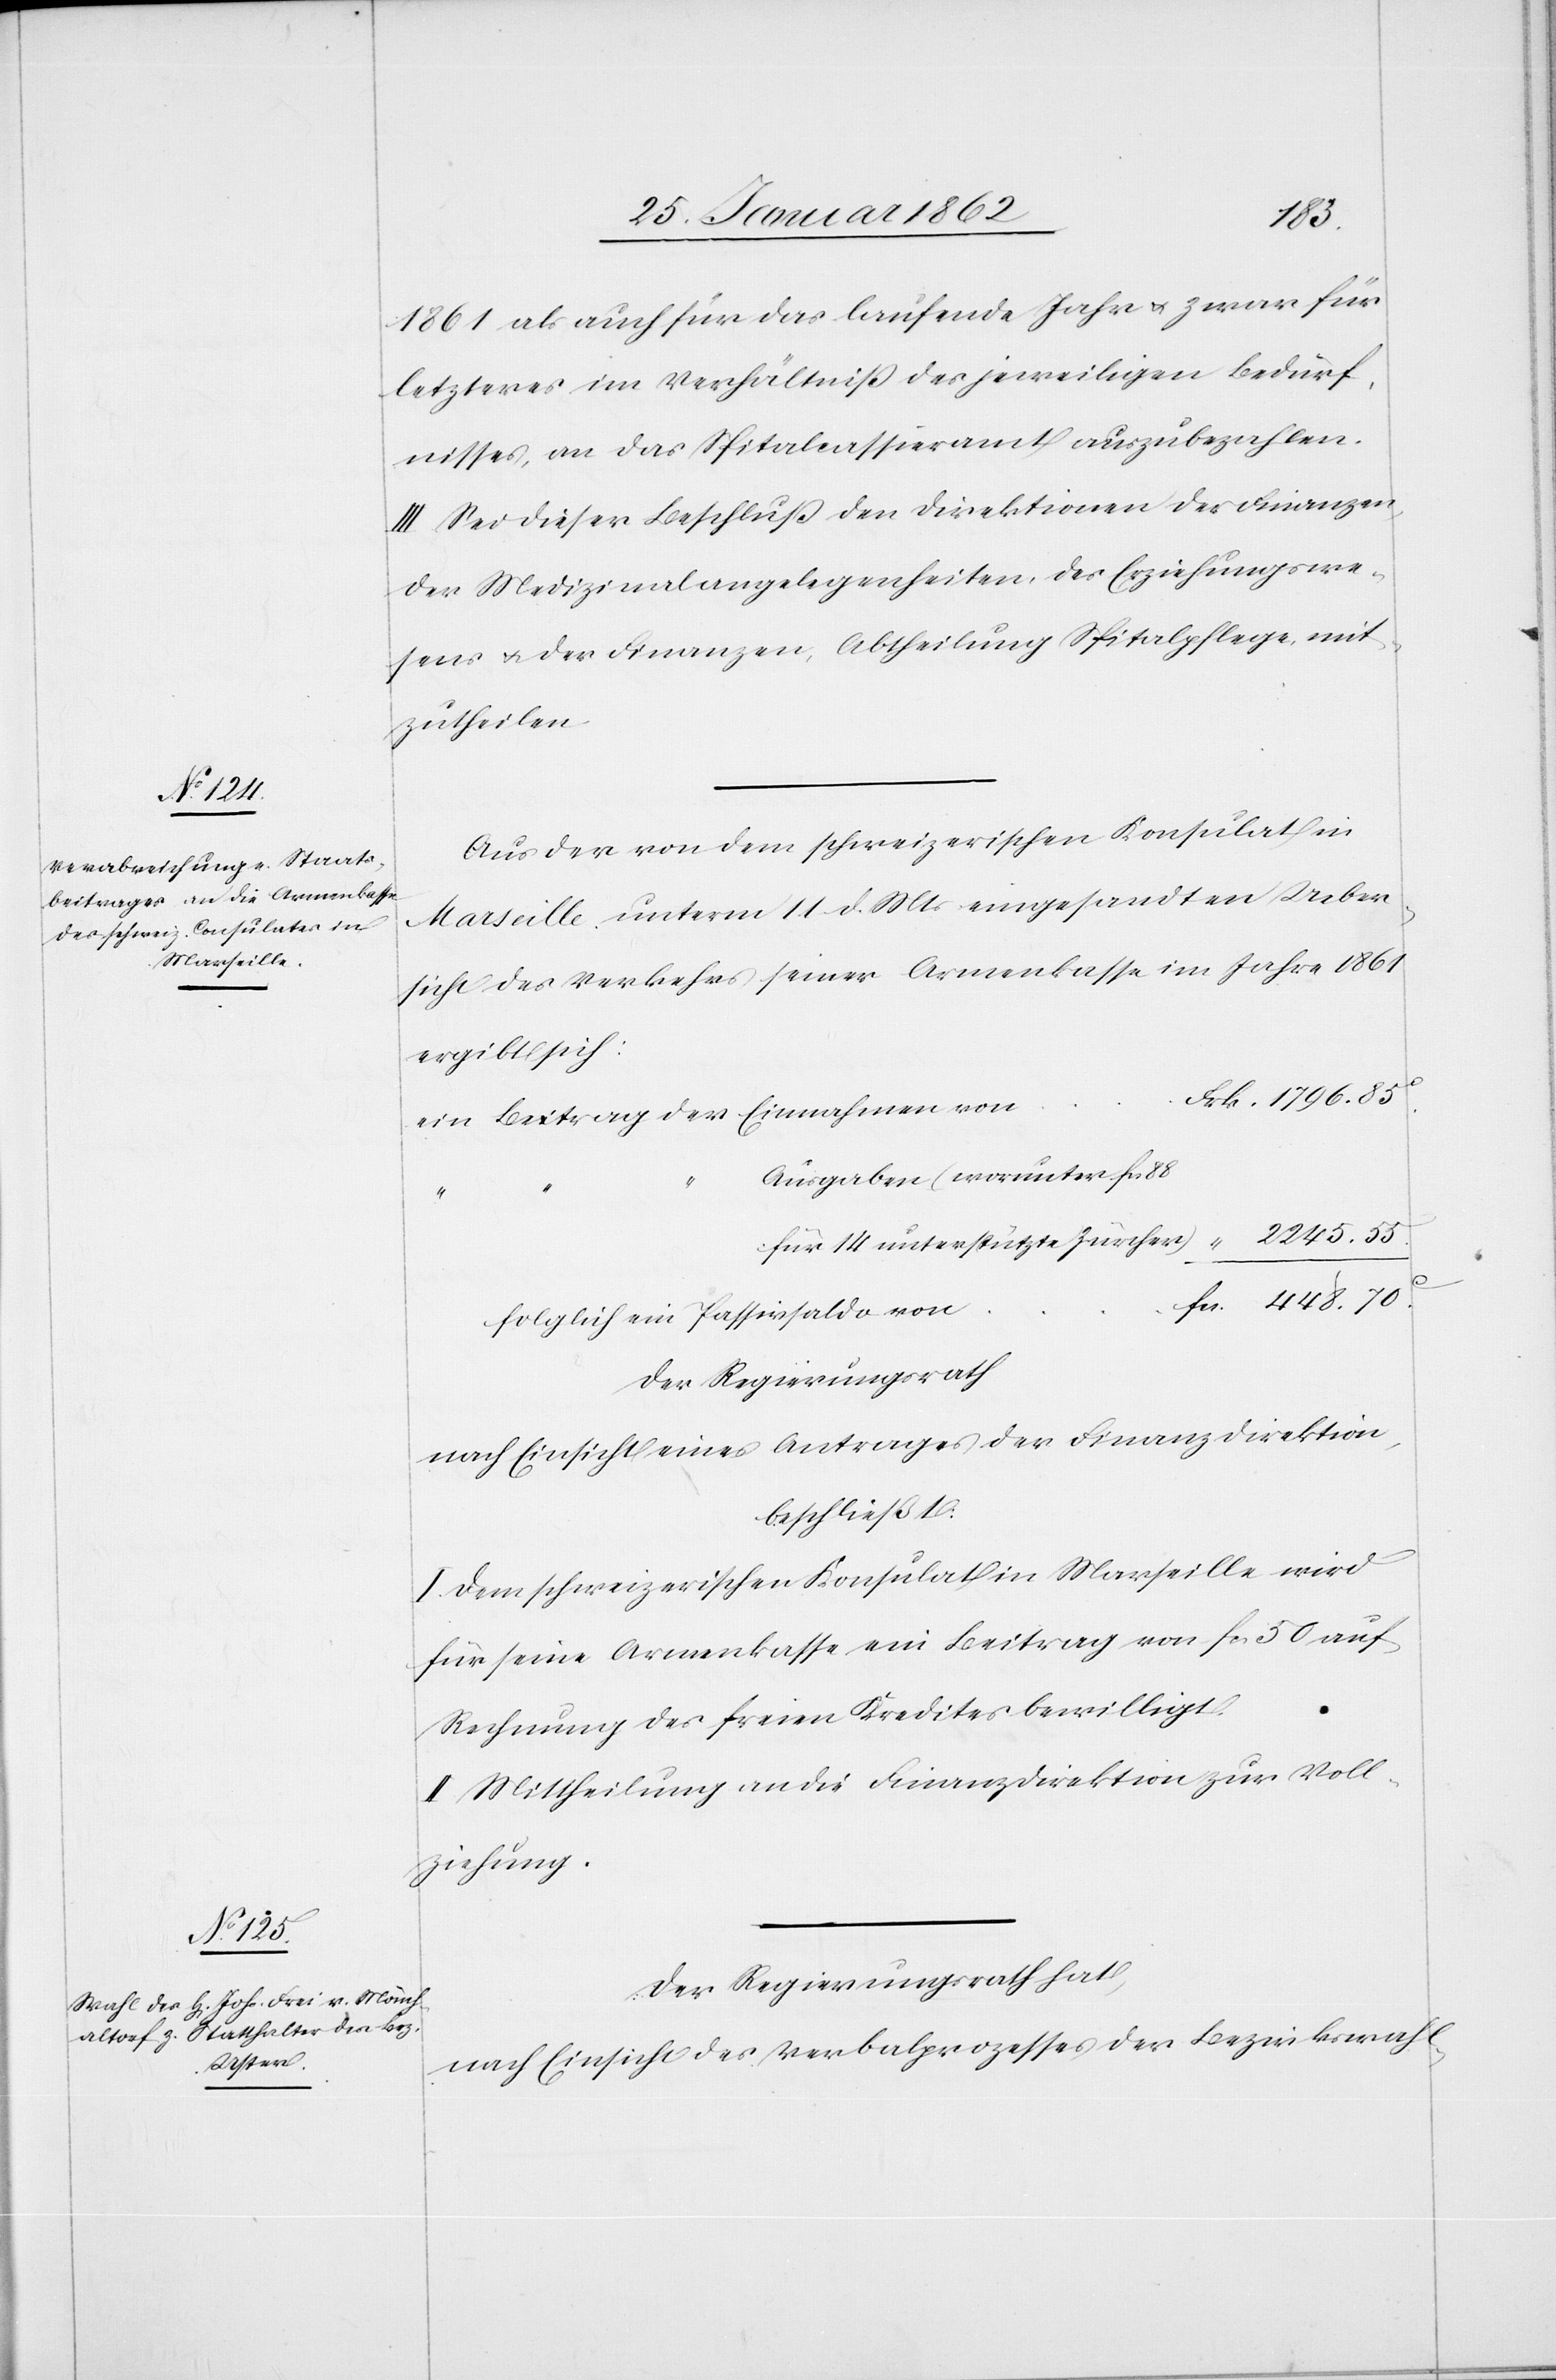
14
1861 als auch für das laufende Jahr u. zwar für
letzteres im Verhältniß des jeweiligen Bedürf¬
nisses, an das Spitalkassieramt auszubezahlen.
III. Sei dieser Beschluß den Direktionen der Finanzen,
der Medizinalangelegenheiten, des Erziehungswe¬
sens u. der Finanzen, Abtheilung Spitalpflege mit¬
zutheilen.
Aus der von dem schweizerischen Konsulat in
Marseille unterm 11 d. Mts eingesandten Ueber¬
sicht des Verkehrs seiner Armenkasse im Jahre 1861
ergibt sich:
ein Betrag der Einnahmen von
Ausgaben (worunter fcs
folglich ein Passivsaldo von
Der Regierungsrath,
nach Einsicht eines Antrages der Finanzdirektion,
beschließt:
I. Dem schweizerischen Konsulate in Marseille wird
für seine Armenkasse ein Beitrag von fcs 50 auf
Rechnung des freien Kredites bewilligt.
II. Mittheilung an die Finanzdirektion zur Voll¬
ziehung.
nach Einsicht des Verbalprozesses der Bezirkswahl-